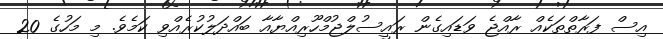
އިސް ފަރާތްތަކެއް ރާއްޖެ ވަޑައިގެން ރައީސުލްޖުމްހޫރިއްޔާއާ ބައްދަލުކުރެއްވި ކަމެވެ. މި މަހުގެ 20